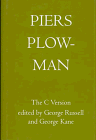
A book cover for Piers Plowman: The Three Versions. Volume III: The C Version; Christian Books & Bibles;